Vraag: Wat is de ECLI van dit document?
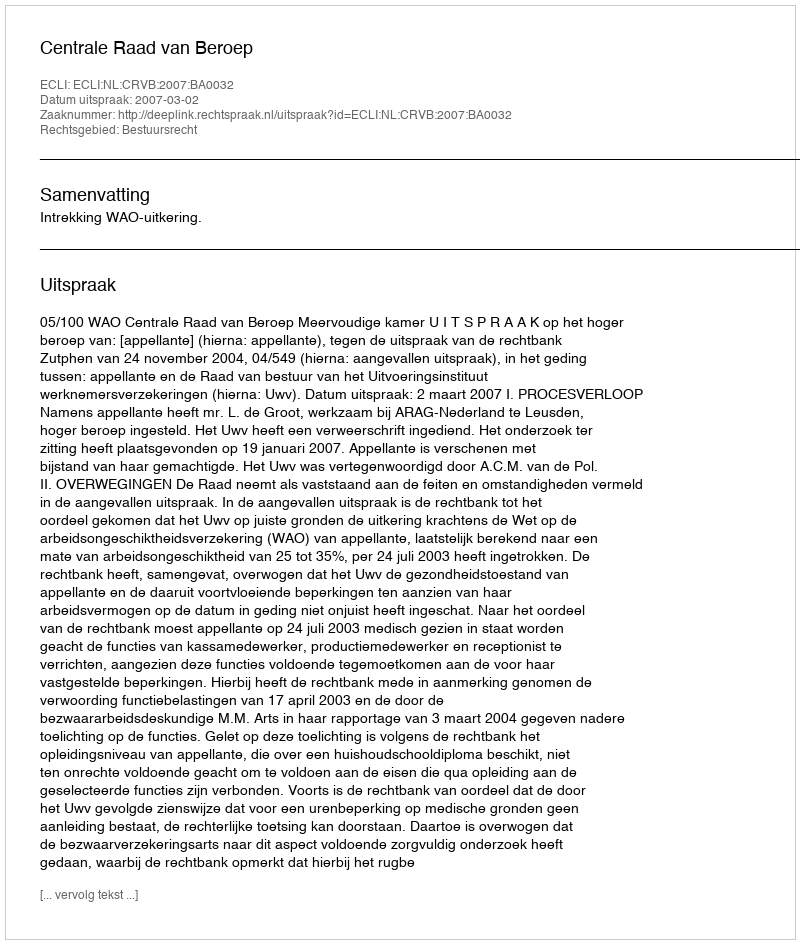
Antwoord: ECLI:NL:CRVB:2007:BA0032